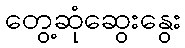
တွေ့ဆုံဆွေးနွေး